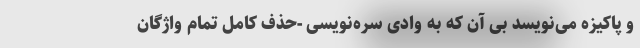
و پاکیزه می‌نویسد بی آن که به وادی سره‌نویسی -حذف کامل تمام واژگان